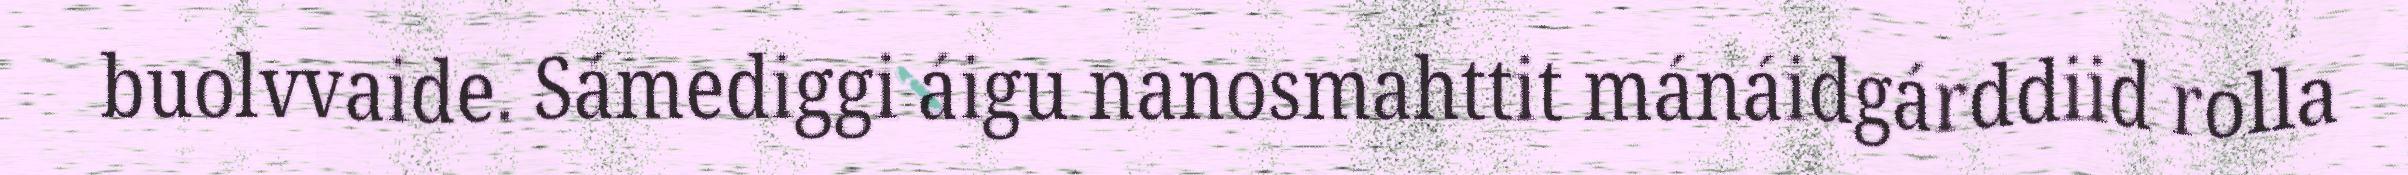
buolvvaide. Sámediggi áigu nanosmahttit mánáidgárddiid rolla